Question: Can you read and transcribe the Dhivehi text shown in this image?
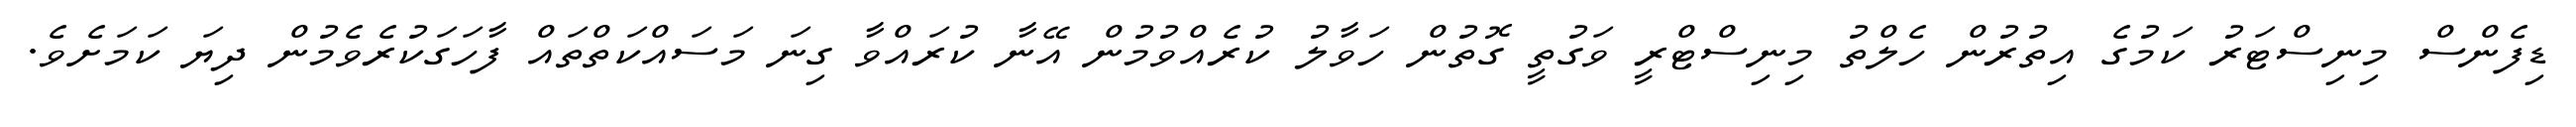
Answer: ޑިފެންސް މިނިސްޓަރު ކަމުގެ އިތުރުން ހެލްތު މިނިސްޓްރީ ވަގުތީ ގޮތުން ހަވާލު ކުރެއްވުމުން އޭނާ ކުރައްވާ ގިނަ މަސައްކަތްތައް ފާހަގަކުރެވެމުން ދިޔަ ކަމަށެވެ.